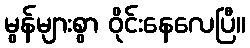
မွန်များစွာ ဝိုင်းနေလေပြီ။